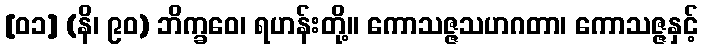
[၀၁] (နိ၊ ၉၀) ဘိက္ခဝေ၊ ရဟန်းတို့။ ကောသဇ္ဇသဟဂတာ၊ ကောသဇ္ဇနှင့်